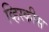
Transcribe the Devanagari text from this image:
व्हिस्कीस